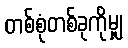
တစ်စုံတစ်ခုကိုမျှ